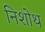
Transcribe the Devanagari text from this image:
निशोथ